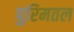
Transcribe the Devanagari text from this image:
पुरिमतल